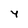
Character: Y